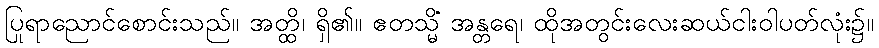
ပြုရာညောင်စောင်းသည်။ အတ္ထိ၊ ရှိ၏။ ဧတသ္မိံ အန္တရေ၊ ထိုအတွင်းလေးဆယ်ငါးဝါပတ်လုံး၌။